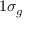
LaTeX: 1 \sigma _ { g }